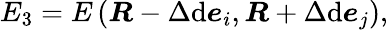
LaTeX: E_{3}=E\left(\boldsymbol{R}-\Delta\mathrm{d}\boldsymbol{e}_{i},\boldsymbol{R}+\Delta\mathrm{d}\boldsymbol{e}_{j}\right),